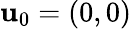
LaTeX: \mathbf{u}_{0}=(0,0)